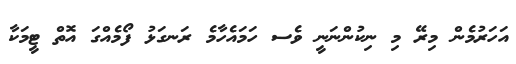
އަހަރުމެން މިރޭ މި ނިކުންނަނީ ވެސ ހަމައެހާމެ ރަނގަޅު ފޯމެއްގަ އޮތް ޓީމަކާ